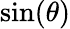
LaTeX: \displaystyle\sin(\theta)